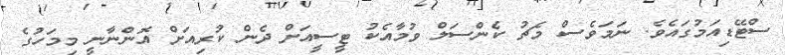
ސްޓޭޑިއަމުގައެވެ. ނަމަވެސް މެޗު ކެންސަލް ވުމާއެކު ޓީސީއަށް ދެން ކުރިއަށް އޮންނާނީ މިމަހުގެ